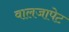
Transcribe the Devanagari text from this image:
वालजापेट